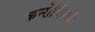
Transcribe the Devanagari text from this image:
कन्सेप्सियॉन